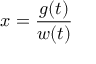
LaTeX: x = { \frac { g ( t ) } { w ( t ) } }